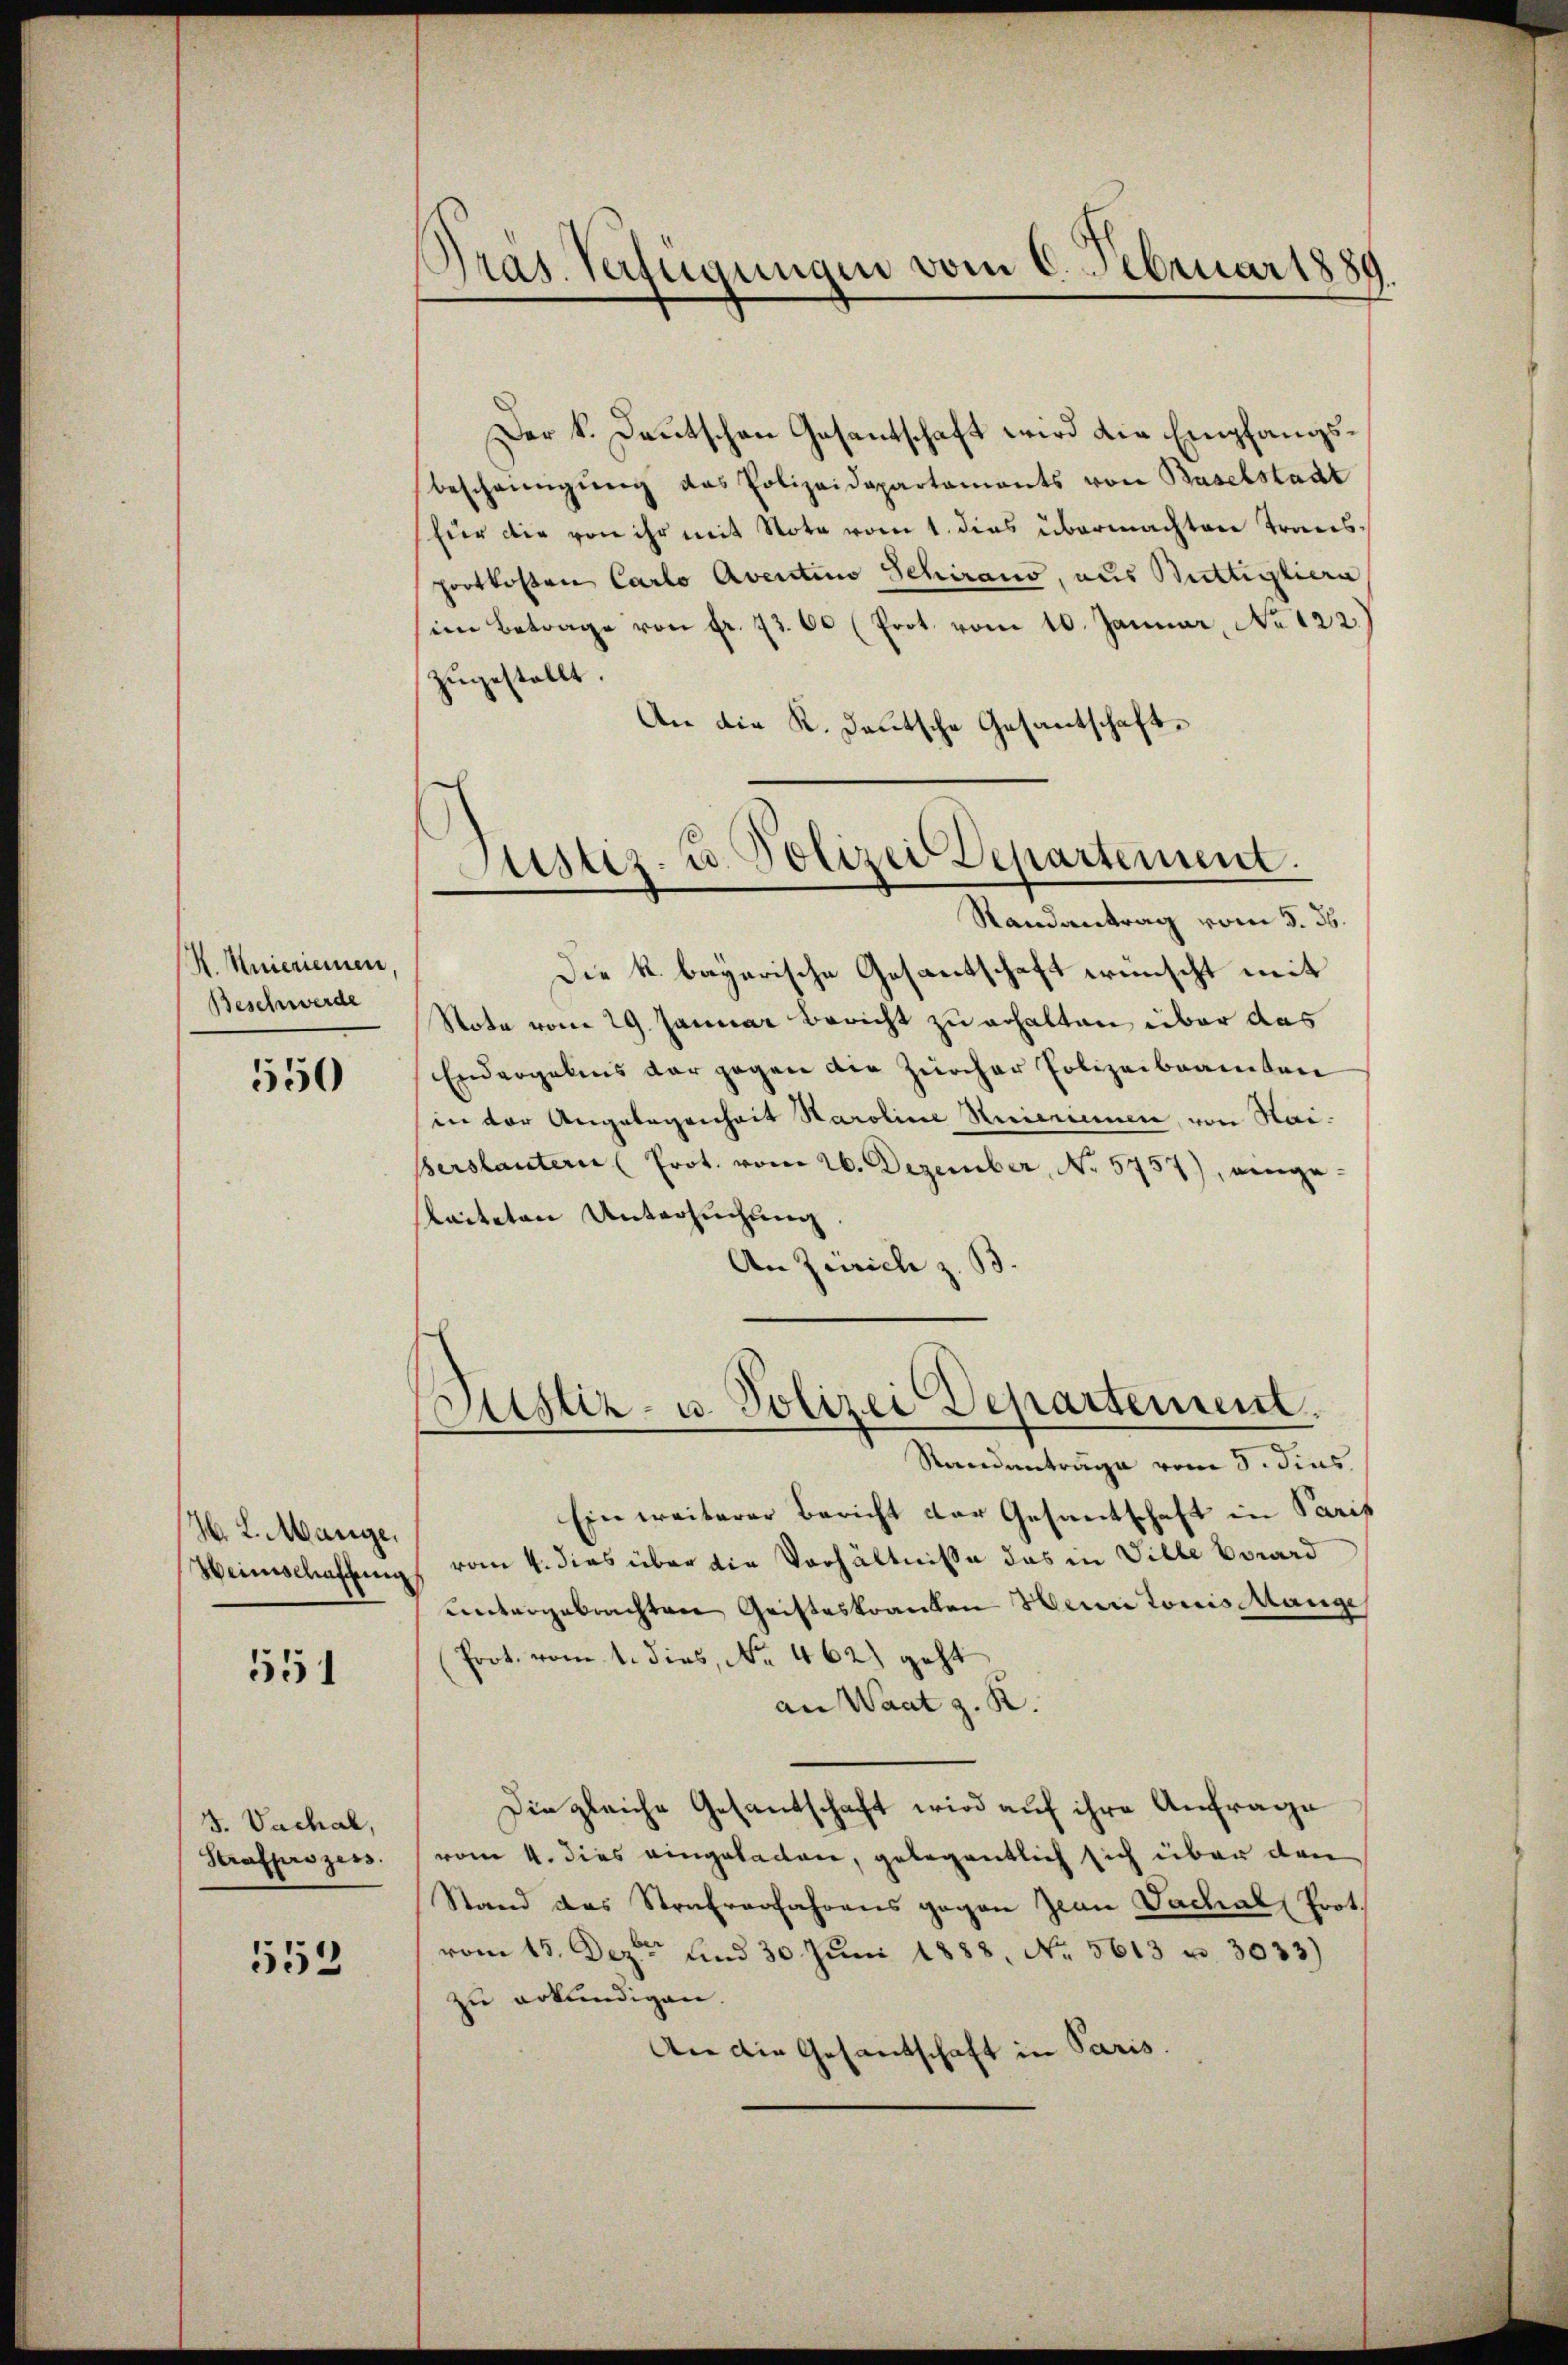
H. Knienriemen
Beschwerde

550

W. L. Mange,
Weinschaffung

551

J. Vachal,
Strafprozess.

553

Der k. Deutschen Gesantschaft wird die Empfangsbescheinigung das Polizeidepartaments von Baselstadt
für die von ihr mit Note vom 1. dies übermachten Transportkosten Carlo Aventino Schiraus, aus Buttiglern
im Betrage von Fr. 73. 60 (Prot. vom 10. Januar, No 122.)
zugestellt.
An die K. Deutsche Gesantschaft¬

Pras. Verfügungen vom 6. Februar 1889

Sistiz- u. Polizer Departement.
Randantrag vom 5. ds.

Justiz- u. Polizei Departement.

Die k. bayerische Gesantschaft wünscht mit
Note vom 29. Januar bericht zu erhalten über das
Endergebens der gegen die Zürcher Polizeibeamten
in der Angelegenheit Karoline Meierinne von Hai-
erslantern (Prot. vom 26. Dezember, No. 5757), einge-
leiteten Untersuchung,
An Zürich z. B.
Randanträge vom 5. dies
Ein weiterer Bericht der Gesantschaft in Paris
 vom 4. dies über die Verhältnisse das in Ville Erward
untergebrachten Gristeskranken Herr Louis Stange
(Prot. vom 1. dies, No. 462) geht
an Waat z. R.
Die gleiche Gesantschaft wird auf ihre Anfrage
vom 4. dies eingeladen, gelegentlich sich über den
Stand das Strafverfahrens gegen Jwan Vachal Prot.
vom 15. Deze und 30. Juni 1888. No. 5613 u. 3033)
zu erkundigen.
Air die Gesandschaft in Paris.